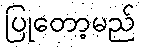
ပြုတော့မည်